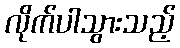
လိုက်ပါသွားသည့်